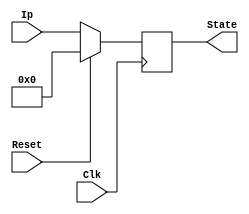
`timescale 1ns / 1ps
//////////////////////////////////////////////////////////////////////////////////
// Company: 
// Engineer: 
// 
// Design Name: 
// Module Name:    FlipFlop 
// Project Name: 
// Target Devices: 
// Tool versions: 
// Description: 
//
// Dependencies: 
//
// Revision: 
// Revision 0.01 - File Created
// Additional Comments: 
//
//////////////////////////////////////////////////////////////////////////////////

module ProgramCounter(output reg[31:0] State, input[31:0] Ip, input Reset, input Clk);

always@(posedge Clk)
begin
	if(Reset)
		State <= 0;
	else
		State <= Ip;
end

endmodule